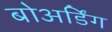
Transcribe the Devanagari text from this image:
बोअर्डिंग